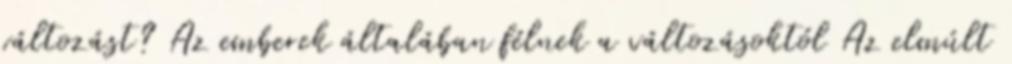
változást? Az emberek általában félnek a változásoktól Az elmúlt